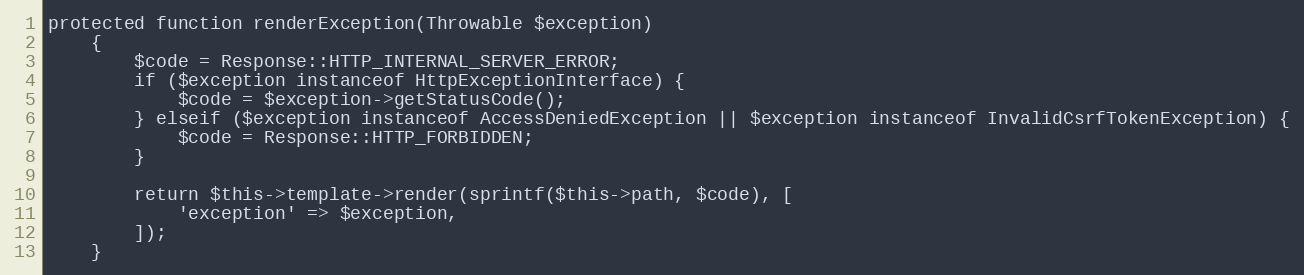
Language: PHP
protected function renderException(Throwable $exception)
    {
        $code = Response::HTTP_INTERNAL_SERVER_ERROR;
        if ($exception instanceof HttpExceptionInterface) {
            $code = $exception->getStatusCode();
        } elseif ($exception instanceof AccessDeniedException || $exception instanceof InvalidCsrfTokenException) {
            $code = Response::HTTP_FORBIDDEN;
        }

        return $this->template->render(sprintf($this->path, $code), [
            'exception' => $exception,
        ]);
    }